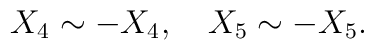
X_{4} \sim -X_{4},\ \ \  X_{5} \sim -X_{5}.